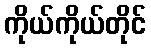
ကိုယ်ကိုယ်တိုင်